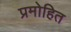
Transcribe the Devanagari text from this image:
प्रमोहित